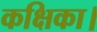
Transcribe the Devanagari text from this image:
कक्षिका।